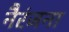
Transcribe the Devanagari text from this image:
नैरंजना